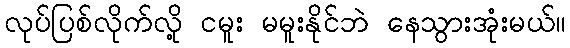
လုပ်ပြစ်လိုက်လို့ ငမူး မမူးနိုင်ဘဲ နေသွားအုံးမယ်။